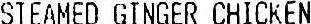
STEAMED GINGER CHICKEN